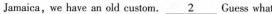
Jamaica, we have an old custom. \underline{2} Guess what